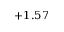
+ 1 . 5 7